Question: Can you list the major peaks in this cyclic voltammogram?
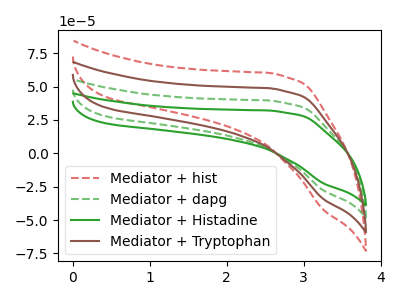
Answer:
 <answer>The red dashed curve "Mediator + hist" has no peaks. The green dashed curve "Mediator + dapg" has no peaks. The green curve "Mediator + Histadine" has no peaks. The brown curve "Mediator + Tryptophan" has no peaks.</answer>
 <eval></eval>